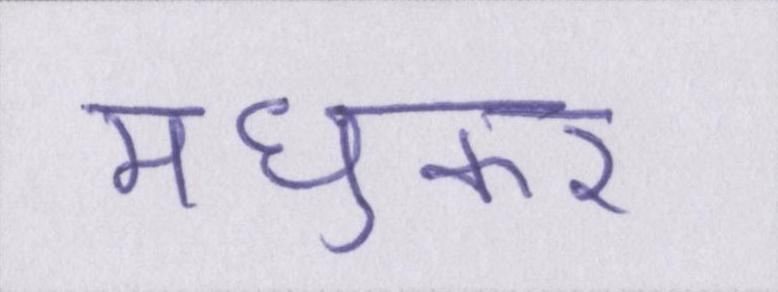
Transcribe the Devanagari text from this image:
मधुकर